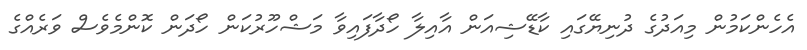
އެހެންކަމުން މިއަދުގެ ދުނިޔޭގައި ކާޑޭޝިއަން އާއިލާ ހޯދާފައިވާ މަޝްހޫރުކަން ހޯދަން ކޮންމެވެސް ވަރެއްގެ